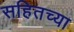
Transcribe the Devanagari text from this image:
सहितच्या